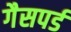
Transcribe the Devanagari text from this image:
गैसपर्ड